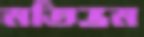
মতিভ্রম